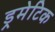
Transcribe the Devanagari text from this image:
ड्रमेटिक